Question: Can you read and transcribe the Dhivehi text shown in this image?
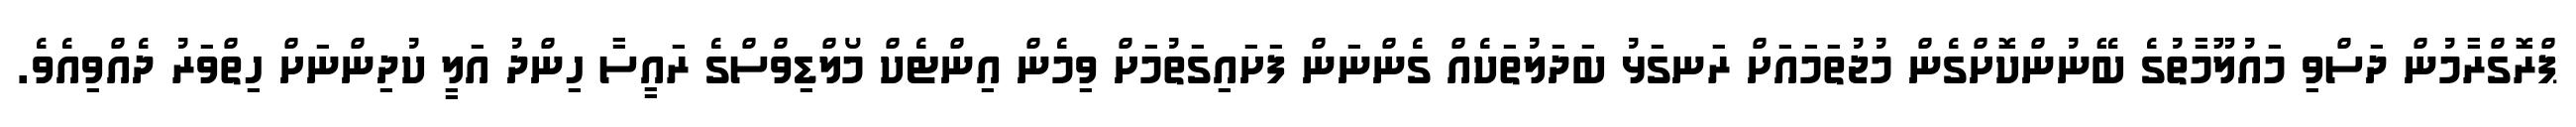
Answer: ޕްރޮގްރާމުން ދަސްވި މައުލޫމާތުގެ ބޭނުންކޮށްގެން މުޖުތަމައަށް ރަނގަޅު ބަދަލުތަކެއް ގެންނަން ފަށައިގަތުމަށް ވިމެން އިންޓެކް މޯލްޑިވްސްގެ ރައީސާ ހިންދު އަލީ ކުދިންނަށް ހިތްވަރު ދެއްވިއެވެ.